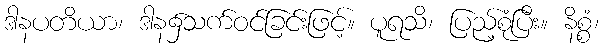
ဒါနပတိယာ၊ ဒါန၌သက်ဝင်ခြင်းဖြင့်။ ပူရသိ၊ ပြည့်စုံပြီး။ နိစ္စံ၊